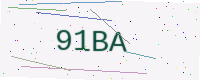
Text: 91BA